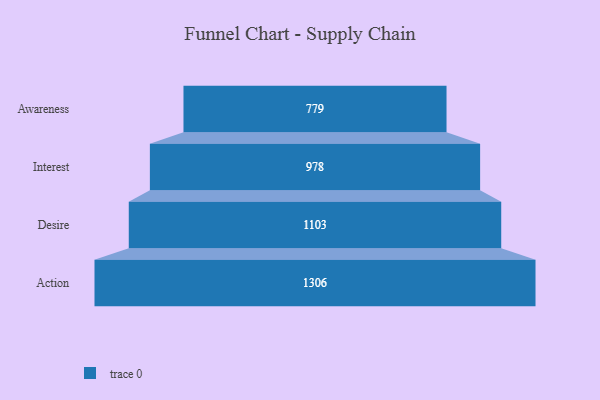
{"axis": {"x": "Stage", "y": "Value"}, "legend": [""], "data": [{"x": "Awareness", "y": 779.0, "type": ""}, {"x": "Interest", "y": 978.0, "type": ""}, {"x": "Desire", "y": 1103.0, "type": ""}, {"x": "Action", "y": 1306.0, "type": ""}]}